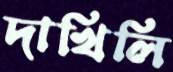
দাখিলি